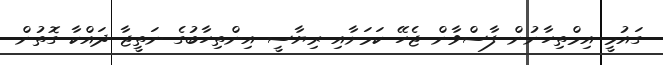
ގައުމީ އިމްތިހާނުން ފާސްވާން ޖެހޭ ކަމަށާއި ރިޔާސީ އިންތިހާބުގެ ނަތީޖާ ދައްކާ ގޮތުން